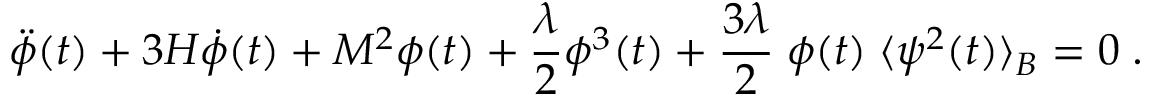
\ddot { \phi } ( t ) + 3 H \dot { \phi } ( t ) + M ^ { 2 } \phi ( t ) + \frac { \lambda } { 2 } \phi ^ { 3 } ( t ) + \frac { 3 \lambda } { 2 } \; \phi ( t ) \; \langle \psi ^ { 2 } ( t ) \rangle _ { B } = 0 \; .